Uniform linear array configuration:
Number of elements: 8
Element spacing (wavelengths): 0.25
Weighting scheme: cosine
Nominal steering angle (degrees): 60
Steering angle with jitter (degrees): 59.036
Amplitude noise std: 0.05
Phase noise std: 0.05

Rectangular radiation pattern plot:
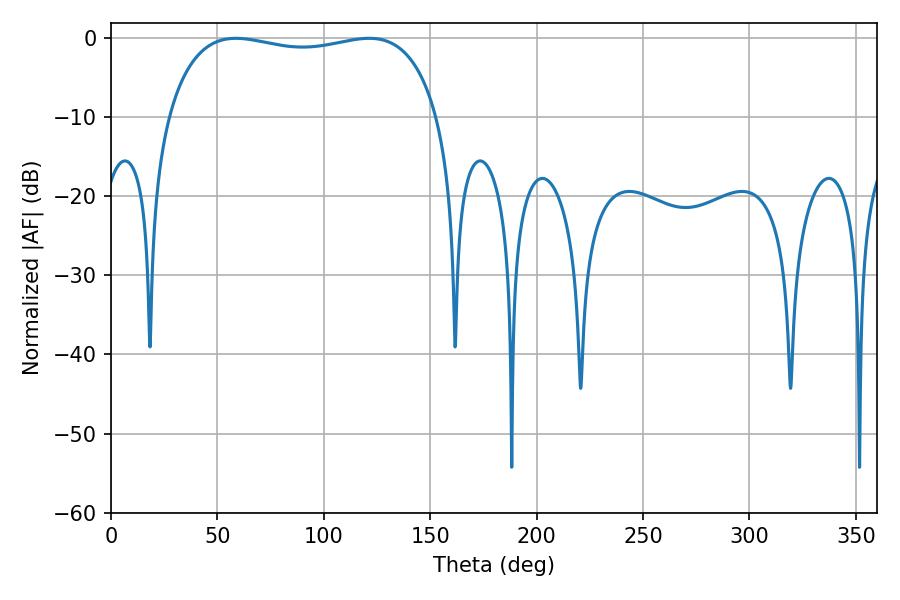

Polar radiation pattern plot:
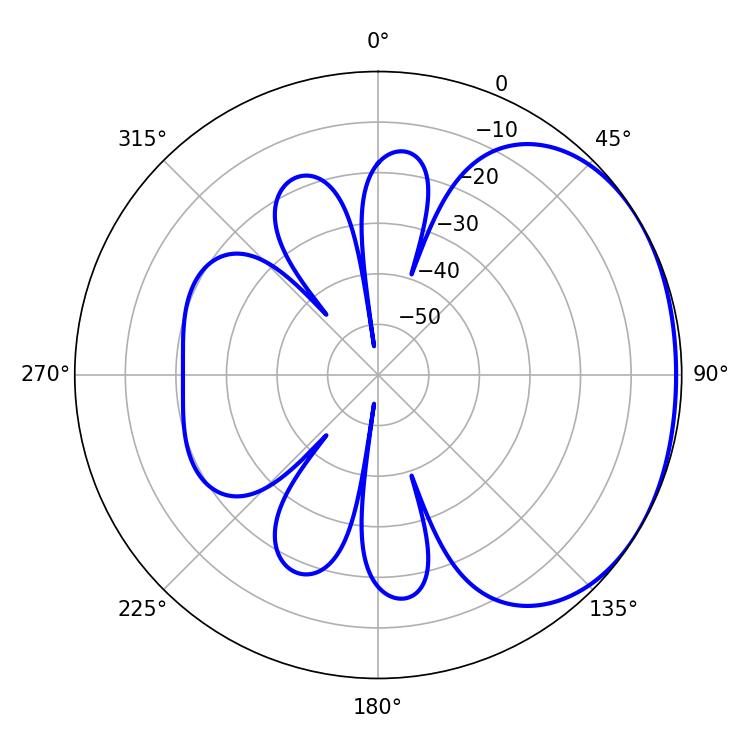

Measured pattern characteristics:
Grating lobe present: FALSE
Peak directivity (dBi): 1.53
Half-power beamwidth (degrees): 103.32
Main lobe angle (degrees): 58.68